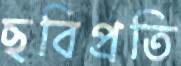
ছবিপ্রতি